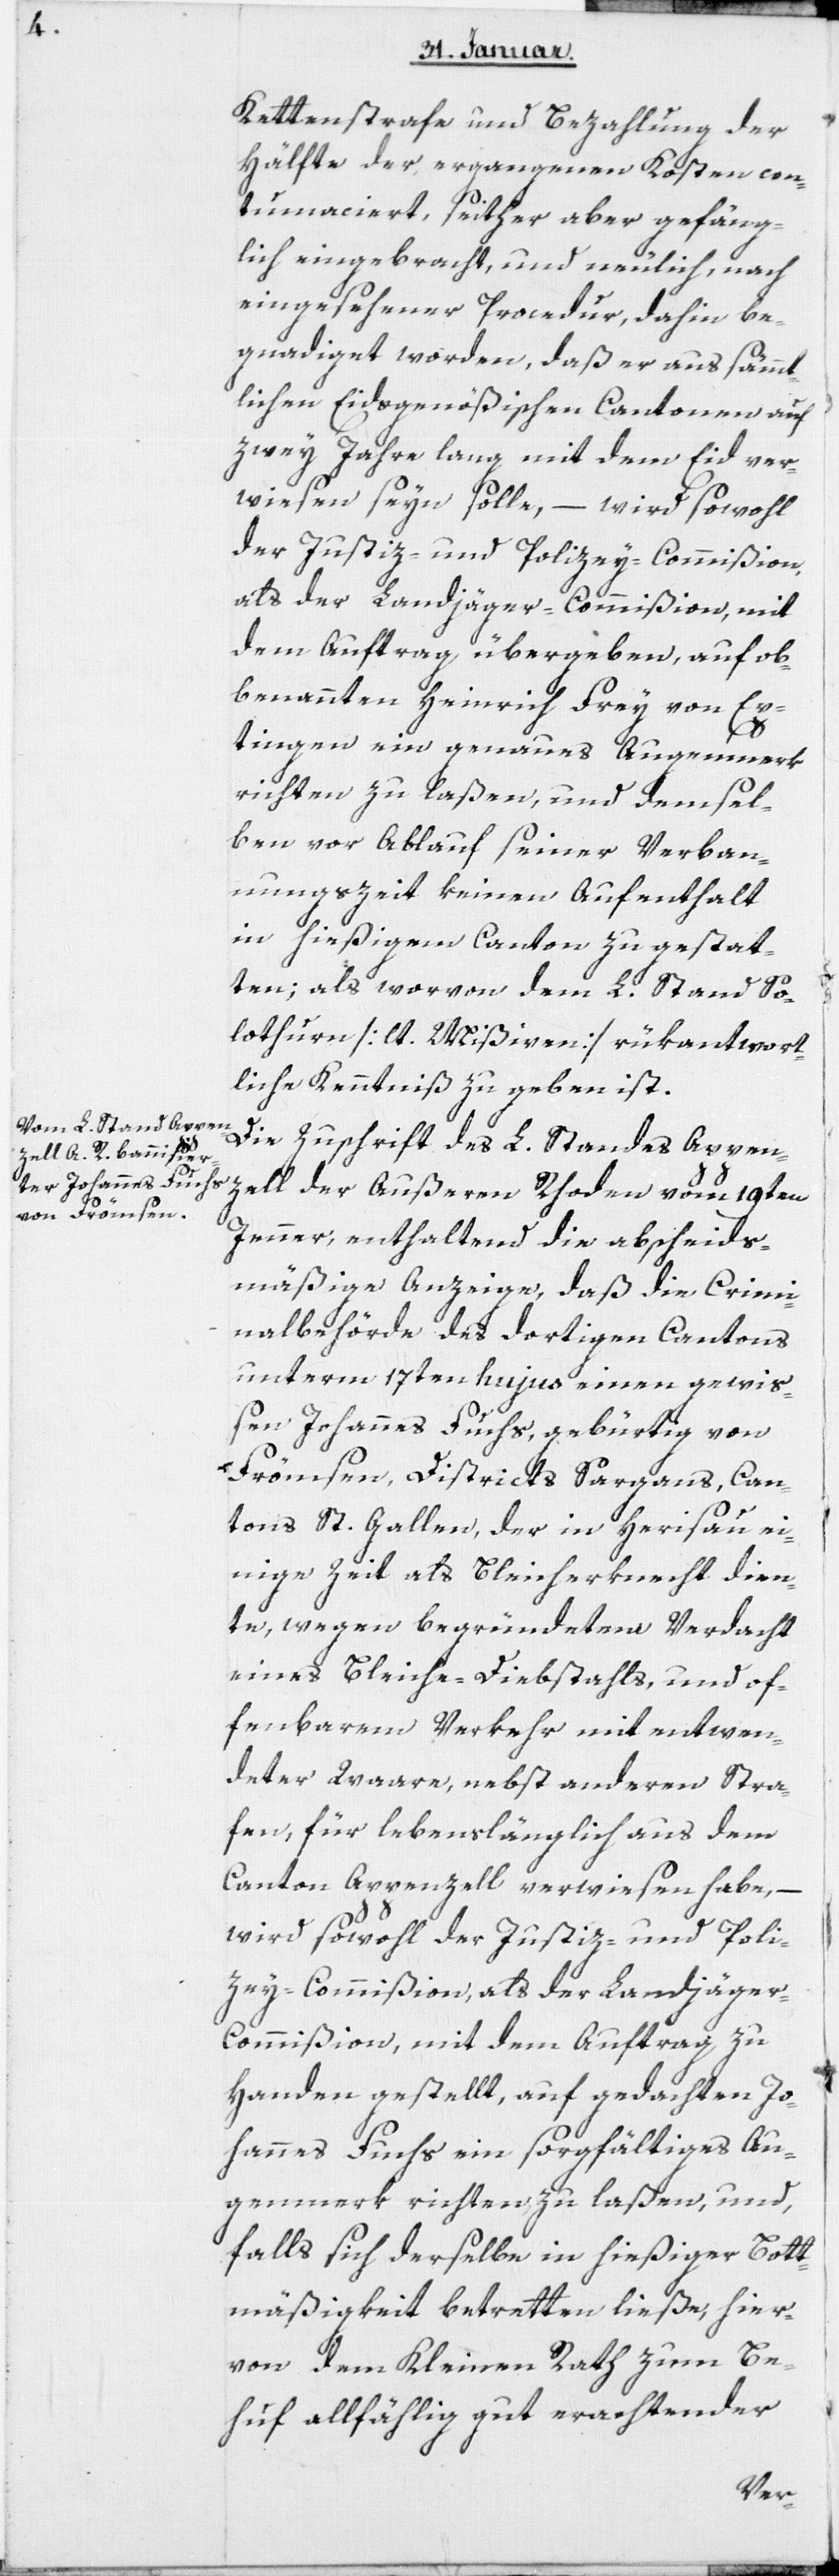
Kettenstrafe und Bezahlung der
Hälfte der ergangenen Kosten con¬
tumaciert, seither aber gefäng¬
lich eingebracht, und neulich, nach
eingesehener Procedur, dahin be¬
gnadiget worden, daß er aus sämmt¬
lichen Eidsgenößischen Cantonen auf
zwey Jahre lang mit dem Eid ver¬
wiesen seyn solle, – wird sowohl
der Justiz- und Polizey-Commißion,
als der Landjäger-Commißion, mit
dem Auftrag übergeben, auf ob¬
benannten Heinrich Frey von Ep¬
tingen ein genaues Augenmerk
richten zu laßen, und demsel¬
ben vor Ablauf seiner Verban¬
nungszeit keinen Aufenthalt
in hießigem Canton zu gesta¬
tten; als worvon dem L. Stand So¬
lothurn [lt. Mißiven] rükantwort¬
liche Kenntniß zu geben ist.
Die Zuschrift des L. Standes Appen¬
zell der Außeren Rhoden vom 19ten
Jenner, enthaltend die abscheids¬
mäßige Anzeige, daß die Crimi¬
nalbehörde des dortigen Cantons
unterm 17ten hujus einen gewis¬
sen Johannes Fuchs, gebürtig von
Frömsen, Districts Sargans, Can¬
tons St. Gallen, der in Herisau ei¬
nige Zeit als Bleicherknecht dien¬
te, wegen begründetem Verdacht
eines Bleiche-Diebstahls, und of¬
fenbarem Verkehr mit entwen¬
deter Waare, nebst anderen Stra¬
fen, für lebenslänglich aus dem
Canton Appenzell verwiesen habe, –
wird sowohl der Justiz- und Poli¬
zey-Commißion, als der Landjäge¬
r-Commißion, mit dem Auftrag zu
Handen gestellt, auf gedachten Jo¬
hannes Fuchs ein sorgfältiges Au¬
genmerk richten zu laßen, und,
falls sich derselbe in hießiger Bott¬
mäßigkeit betretten ließe, hier¬
von dem Kleinen Rath zum Be¬
huf allfählig gut erachtender